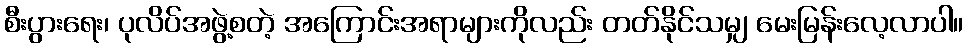
စီးပွားရေး၊ ပုလိပ်အဖွဲ့စတဲ့ အကြောင်းအရာများကိုလည်း တတ်နိုင်သမျှ မေးမြန်းလေ့လာပါ။